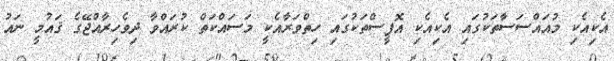
އެކިއެކި މުއައްސަސާތަކުގައި އެކިއެކި އޮފީސްތަކުގައި ހިތްވަރާއެކީ މަސައްކަތް ކުރައްވާ ދިވެހިރާއްޖޭގެ ޤައުމީ ނައު